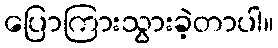
ပြောကြားသွားခဲ့တာပါ။